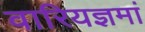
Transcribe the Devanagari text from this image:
वारियज्ञमां